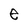
Character: e